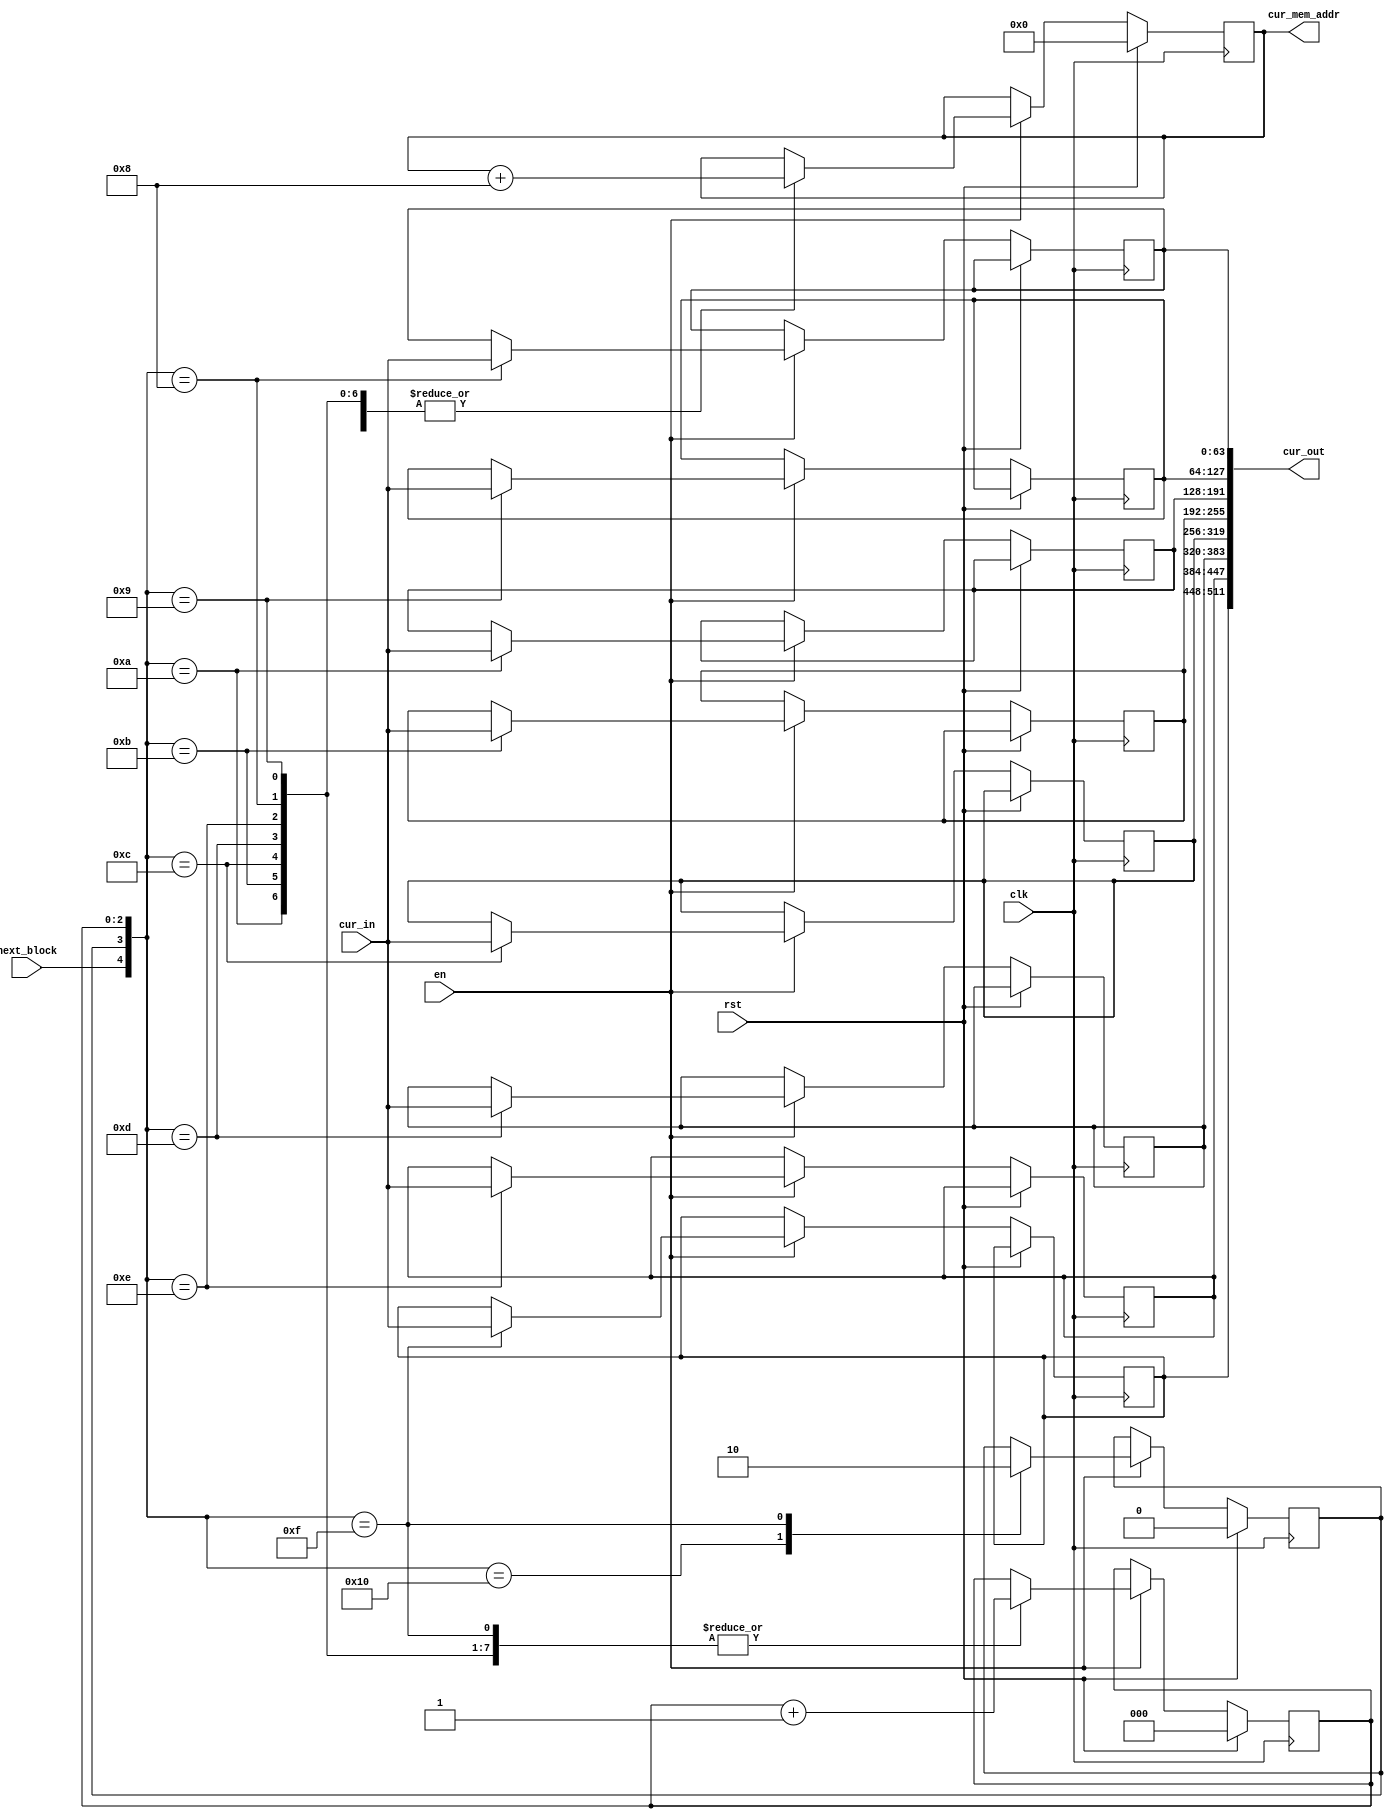
module CurBuffer_highBW (
    input               clk         ,
    input               rst         ,
    input               en          ,
    input               next_block  , // To send the next_block
    input       [ 63:0] cur_in      , // 8 pixels
    output wire [511:0] cur_out     , // 8*8 pixels
    output reg  [ 31:0] cur_mem_addr
);
    reg [63:0] row_0;
    reg [63:0] row_1;
    reg [63:0] row_2;
    reg [63:0] row_3;
    reg [63:0] row_4;
    reg [63:0] row_5;
    reg [63:0] row_6;
    reg [63:0] row_7;

    // Read process
    assign cur_out = {row_7, row_6, row_5, row_4,
        row_3, row_2, row_1, row_0};

    // Read Control
    reg       read_en ;
    reg [2:0] read_cnt;

    always @(posedge clk) begin
        if (rst) begin
            read_en      <= 0;
            read_cnt     <= 0;
            cur_mem_addr <= 0;
        end
        else if(en) begin
            case ({next_block, read_en, read_cnt})
                5'b10000 : begin
                    read_en      <= 1;
                    cur_mem_addr <= cur_mem_addr + 8;
                end
                5'b01000 : begin
                    read_cnt     <= read_cnt + 1;
                    cur_mem_addr <= cur_mem_addr + 8;
                    row_0        <= cur_in;
                end
                5'b01001 : begin
                    read_cnt     <= read_cnt + 1;
                    cur_mem_addr <= cur_mem_addr + 8;
                    row_1        <= cur_in;
                end
                5'b01010 : begin
                    read_cnt     <= read_cnt + 1;
                    cur_mem_addr <= cur_mem_addr + 8;
                    row_2        <= cur_in;
                end
                5'b01011 : begin
                    read_cnt     <= read_cnt + 1;
                    cur_mem_addr <= cur_mem_addr + 8;
                    row_3        <= cur_in;
                end
                5'b01100 : begin
                    read_cnt     <= read_cnt + 1;
                    cur_mem_addr <= cur_mem_addr + 8;
                    row_4        <= cur_in;
                end
                5'b01101 : begin
                    read_cnt     <= read_cnt + 1;
                    cur_mem_addr <= cur_mem_addr + 8;
                    row_5        <= cur_in;
                end
                5'b01110 : begin
                    read_cnt     <= read_cnt + 1;
                    cur_mem_addr <= cur_mem_addr + 8;
                    row_6        <= cur_in;
                end
                5'b01111 : begin
                    read_en  <= 0;
                    read_cnt <= read_cnt + 1;
                    row_7    <= cur_in;
                end
                default : ;
            endcase
        end
    end
endmodule